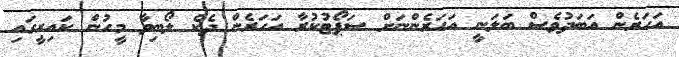
އަހަރެން އަބަދުވެސް ބަަލަނީ އަހަރެންނަށް ސަޕޯޓުކުރާ އަހަރެން ދެކެ ލޯބިވާ މީހުން ކައިރީގައި